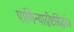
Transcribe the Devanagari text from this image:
पाणिन्यादीष्टसिद्धये॥